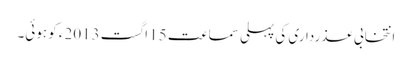
انتخابی عذرداری کی پہلی سماعت 15 اگست 2013ء کو ہوئی۔